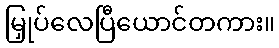
မြှုပ်လေပြီယောင်တကား။